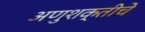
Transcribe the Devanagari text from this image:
अणुशक्तीचे